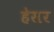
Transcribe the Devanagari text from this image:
हेसर